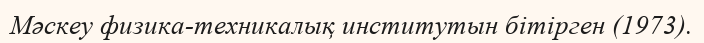
Мәскеу физика-техникалық институтын бітірген (1973).